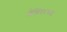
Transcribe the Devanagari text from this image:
शेबिंगरच्या